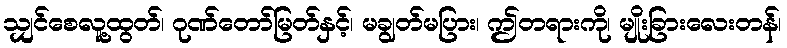
သျှင်စေလူ့ထွတ်၊ ဂုဏ်တော်မြတ်နှင့်၊ မချွတ်မပြား၊ ဤတရားကို၊ မျိုးခြားလေးတန်၊